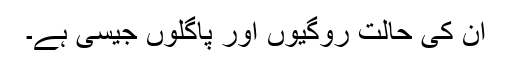
ان کی حالت روگیوں اور پاگلوں جیسی ہے۔